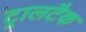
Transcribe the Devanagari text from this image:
ट्रालटैक